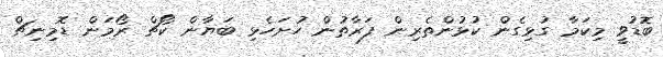
ބޮޑުވީ މިކަމާ ގުޅިގެން ކުޅުންތެރިން ފަރާތުން ހުށަހެޅި ބަޔާން ކޯޗް ރޯމަން ޑޮމިނިޗް